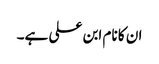
ان کا نام ابن علی ہے۔